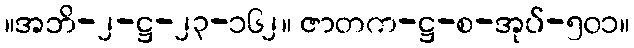
။အဘိ-၂-ဋ္ဌ-၂၃-၁၆၂။ ဇာတက-ဋ္ဌ-စ-အုပ်-၅၀၁။